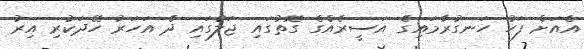
އެއަށް ފަހު ހަނގުރާމައިގެ އަސީރެއްގެ ގޮތުގައި ޖަލުގައި ދެ އަހަރު ހޭދަކުރި އިރު